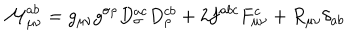
LaTeX: { \cal M } _ { \mu \nu } ^ { a b } = g _ { \mu \nu } g ^ { \sigma \rho } D _ { \sigma } ^ { a c } D _ { \rho } ^ { c b } + 2 f ^ { a b c } F _ { \mu \nu } ^ { c } + R _ { \mu \nu } \delta _ { a b }